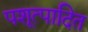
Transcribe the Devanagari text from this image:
पशूत्पादित